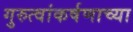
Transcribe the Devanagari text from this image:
गुरुत्वांकर्षणाच्या